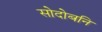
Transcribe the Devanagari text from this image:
सोदोबनि